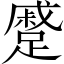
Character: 蹙